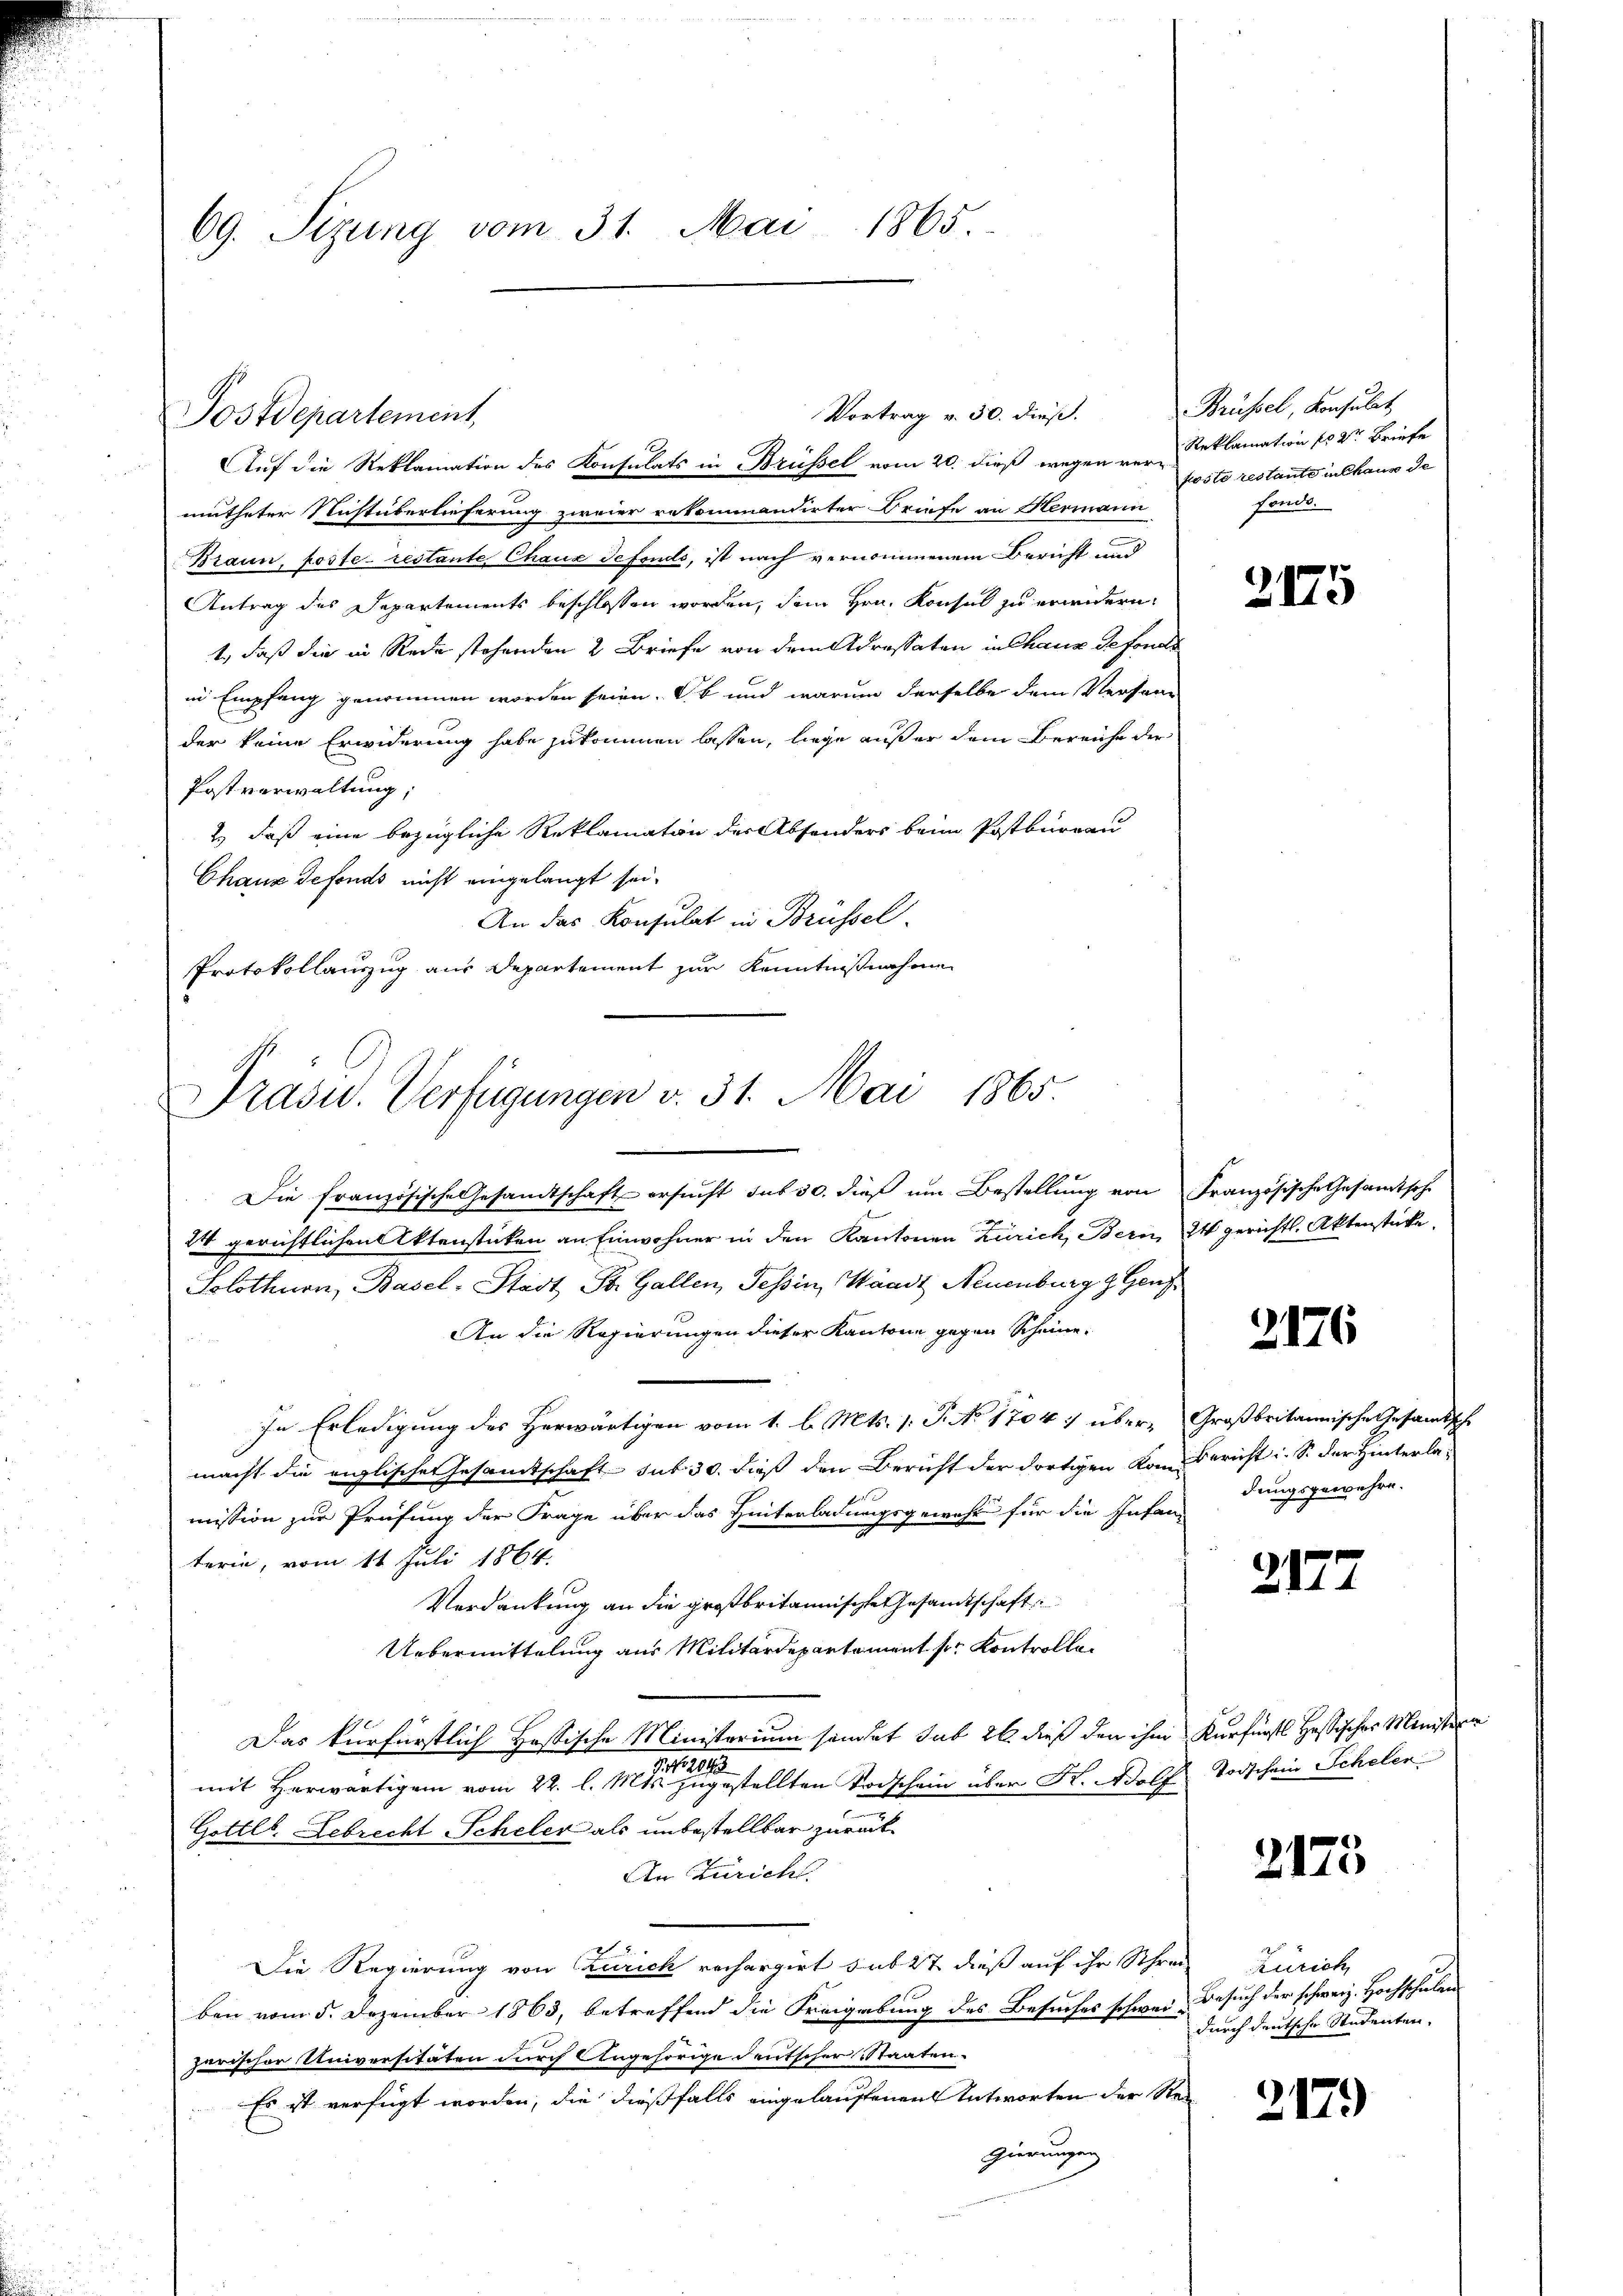
69. Sizung vom 31. Mai 1865.

Auf die Reklamation des Konsulats in Brüssel vom 20. dieß wegen vermutheter Nichtüberlieferung zweier rekommandirter Briefe an Hermann
Braun, poste- restante Chaux defondo, ist nach vernommenem Bericht und
Antrag des Departements beschlossen worden, dem Hrn. Konsul zu erwidern,
1., daß die in Rede stehenden 2 Briefe von dem Adressaten in Chaux defonds
in Empfang genommen worden seien. Ob und warum derselbe dem Versand
der keine Erwiderung habe zukommen lassen, liege außer dem Bereiche der
Postverwaltung;
2.) daß eine bezügliche Reklamatin der Absonders beim Postburgau
Chaux defonds nicht eingelangt sei.
An das Konsulat in Brüssel
Protokollauszug aus Departement zur Kenntnißnahme
Die französische Gesandtschaft ersŭcht sub 30. dieβ ŭm Bestellung von Französische Gesamtsche
24 gerichtlichen Aktenstücken an Einwohner in den Kantonen Zürich, Bern 4 gerichts. Aktenstücke.
Solothurn, Basel-Stadt St. Gallen, Tessin, Waadt Neuenburg z. Genf
An die Regierungen dieser Kantone gegen Scheine

In Erledigung des Herwärtigen vom 1. l. Mts. 1. P. No 1704 übermacht die englischer Gesamtschaft sub 30. dieß den Bericht der dortigen vom Bericht i. S. der Hinterlamission zur Prüfung der Frage über das Hinterladungsgewehr für die Infan
terin, vom 11 Juli 1864.
Verdankung an die großbritannische Gesandtschaft
Uebermittelung aus Militärdepartement pr. Kontrollen
Das kurfürstlich Hessische Ministerium sondet sub 26. dieß der ihm
Frk. 2043
mit Herwärtigem vom 22. l. Mts. zugestellten Vorschein über K. Wolf
u
Gottl. Gebrecht Scheler als unbestellbar zurück¬
An Züricht.
Die Regierung von Zürich rechargirt subst dieß auf ihr Schreiben vom 5. Dezember 1863, betreffend die Freigebung des Besuches schwei¬
Jarischer Universitäten durch Angehörige deutscher Staaten.
Es ist verfügt worden, die dießfalls eingelaufenen Antworten der Ste
gierungen

Postdepartement,

Vortrag v. 30. dieß.

Präsid.. Verfügungen v. 31. Mai 1865.

Brüssel, Konsulat
Reklamation fr 2te Briefe
foste restante in Chaus de
fonds.

2175

2176

Großbritannische Gesandtsch
dungsgewehre.

217.

Kurfürst Hassischer Ministern
Todschein Scheler

2175

Zürich
Besuch der schweiz. Hochschulen
durch deutsche Studenten.

2179